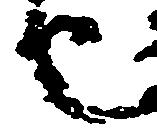
也